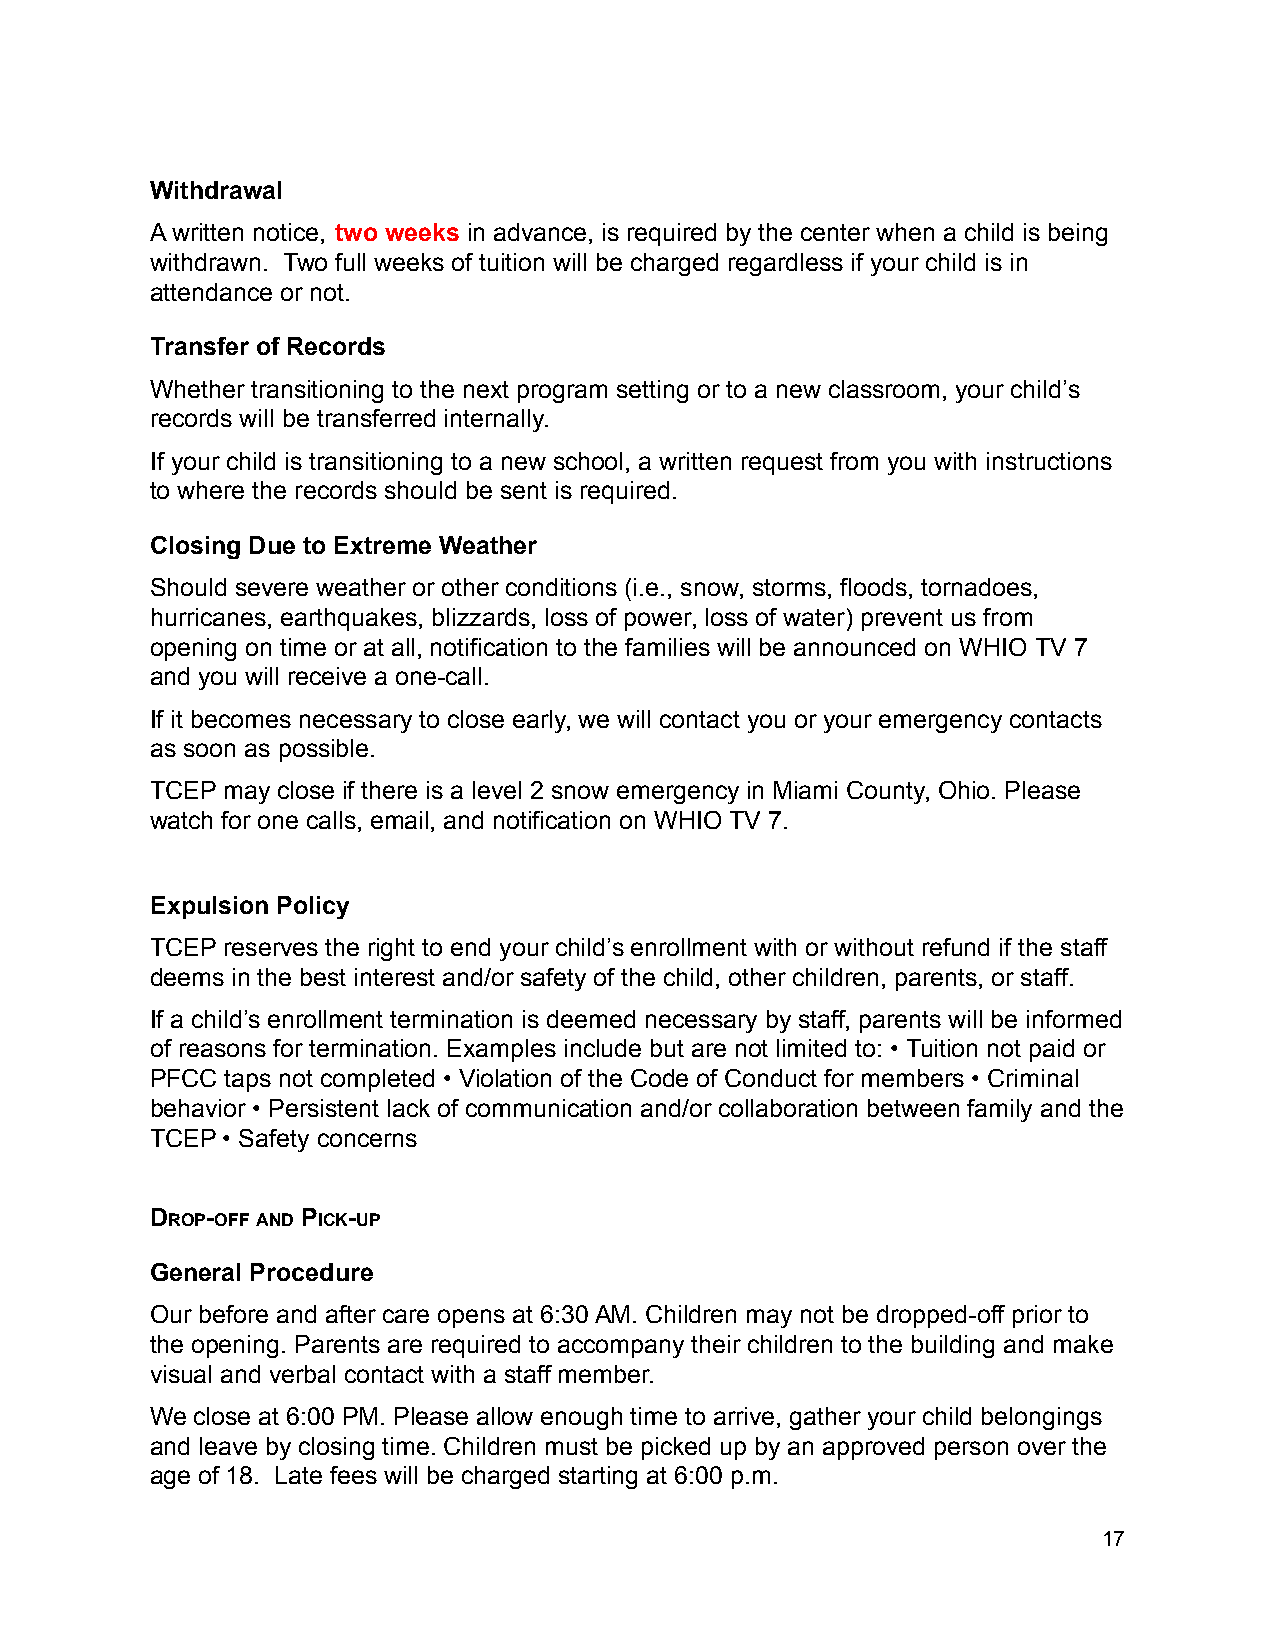
Withdrawal
 A written notice, two weeks in advance, is required by the center when a child is being
 withdrawn. Two full weeks of tuition will be charged regardless if your child is in
 attendance or not.
 Transfer of Records
 Whether transitioning to the next program setting or to a new classroom, your child’s
 records will be transferred internally.
 If your child is transitioning to a new school, a written request from you with instructions
 to where the records should be sent is required.
 Closing Due to Extreme Weather
 Should severe weather or other conditions (i.e., snow, storms, floods, tornadoes,
 hurricanes, earthquakes, blizzards, loss of power, loss of water) prevent us from
 opening on time or at all, notification to the families will be announced on WHIO TV 7
 and you will receive a one-call.
 If it becomes necessary to close early, we will contact you or your emergency contacts
 as soon as possible.
 TCEP may close if there is a level 2 snow emergency in Miami County, Ohio. Please
 watch for one calls, email, and notification on WHIO TV 7.
 Expulsion Policy
 TCEP reserves the right to end your child’s enrollment with or without refund if the staff
 deems in the best interest and/or safety of the child, other children, parents, or staff.
 If a child’s enrollment termination is deemed necessary by staff, parents will be informed
 of reasons for termination. Examples include but are not limited to: • Tuition not paid or
 PFCC taps not completed • Violation of the Code of Conduct for members • Criminal
 behavior • Persistent lack of communication and/or collaboration between family and the
 TCEP • Safety concerns
 DROP-OFF AND PICK-UP
 General Procedure
 Our before and after care opens at 6:30 AM. Children may not be dropped-off prior to
 the opening. Parents are required to accompany their children to the building and make
 visual and verbal contact with a staff member.
 We close at 6:00 PM. Please allow enough time to arrive, gather your child belongings
 and leave by closing time. Children must be picked up by an approved person over the
 age of 18. Late fees will be charged starting at 6:00 p.m.
 17